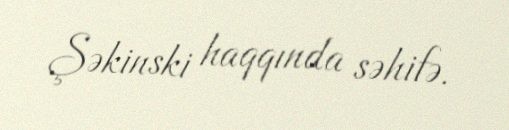
Şəkinski haqqında səhifə.